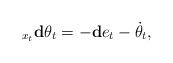
LaTeX: \begin{align*}_{x_t}\mathbf{d}\theta_t=-\mathbf{d}e_t-\dot{\theta}_t,\end{align*}